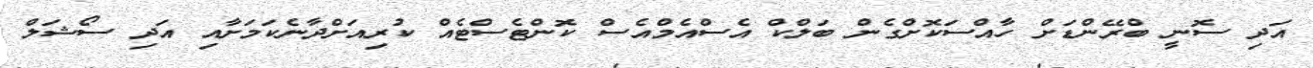
އަދި ސޮނީ ބްރޭންޑަށް ހާއްސަކޮށްގެން ބަލްކް އެސްއެމްއެސް ކޮންޓެސްޓެއް ކުރިއަށްދާނެކަމަށާއި އަދި ސޯޝަލް